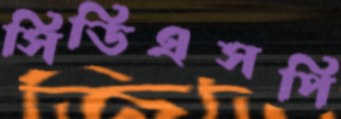
সিডিএসপি